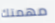
مهمتك